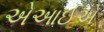
એઆઈએ